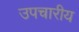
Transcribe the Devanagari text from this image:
उपचारीय